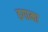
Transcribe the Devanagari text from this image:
हगामा